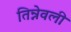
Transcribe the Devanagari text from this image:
तिन्नेवली